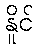
နိူင်